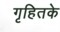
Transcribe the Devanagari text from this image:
गृहितके